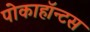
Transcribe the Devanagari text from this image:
पोकाहॉन्टस